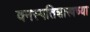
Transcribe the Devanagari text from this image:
वनस्पतिशास्त्रच्या